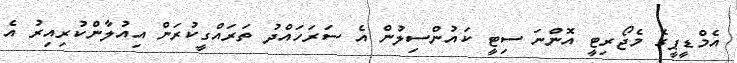
އެމްޑީޕީގެ މެޖޯރިޓީ އޮންނަ ސިޓީ ކައުންސިލުން އެ ސަރަހައްދު ތަރައްގީކުރަން އިއުލާންކުރިއިރު އެ